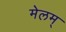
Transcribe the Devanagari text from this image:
मेलम्